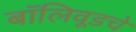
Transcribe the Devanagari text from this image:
बॉलिवूडचे